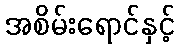
အစိမ်းရောင်နှင့်